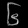
Digit: ၆